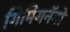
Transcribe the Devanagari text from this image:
गिमिगनॅनो